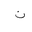
Letter: _non